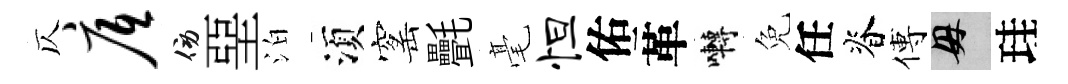
仄底傍堊泊湏窰㲲毫怛佑革囀免任脊傅母珪